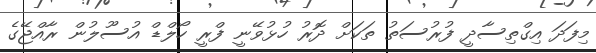
މިފަދަ އިގްތިސާދީ ފުރުސަތު ތަކަށް ދޮރު ހުޅުވޭނީ ފްރީ ހޯލްޑް އުސޫލުން ރާއްޖޭގެ